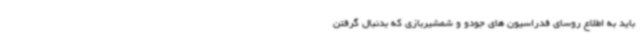
باید به اطلاع روسای فدراسیون های جودو و شمشیربازی که بدنبال گرفتن